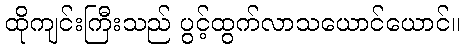
ထိုကျင်းကြီးသည် ပွင့်ထွက်လာသယောင်ယောင်။